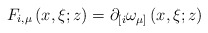
\begin{align*}F_{i,\mu}\left( x,\xi;z\right) =\partial_{\lbrack i}\omega_{\mu]}\left(x,\xi;z\right)\end{align*}